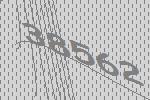
38562